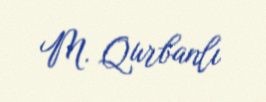
M. Qurbanlı